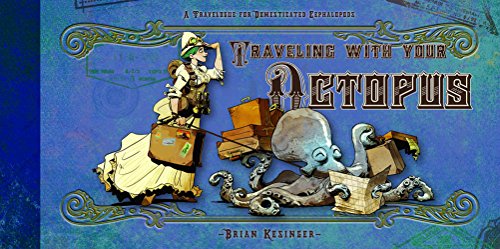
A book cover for Traveling With Your Octopus; Brian Kesinger; Science Fiction & Fantasy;